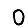
Digit: 0